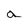
Character: a